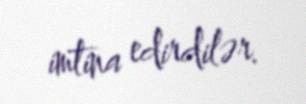
imtina edirdilər.